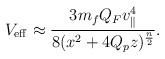
LaTeX: \begin{align*}V_{\rm eff}\approx {{3m_fQ_Fv^4_{\parallel}}\over{8(x^2+4Q_pz)^{n\over 2}}}.\end{align*}